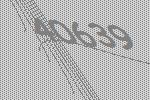
40639